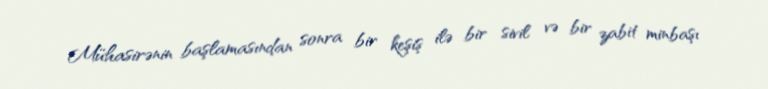
Mühasirənin başlamasından sonra bir keşiş ilə bir sivil və bir zabit minbaşı